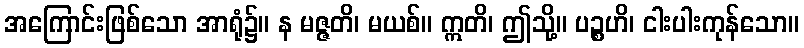
အကြောင်းဖြစ်သော အာရုံ၌။ န မဇ္ဇတိ၊ မယစ်။ ဣတိ၊ ဤသို့။ ပဉ္စဟိ၊ ငါးပါးကုန်သော။